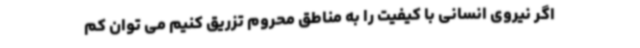
اگر نیروی انسانی با کیفیت را به مناطق محروم تزریق کنیم می توان کم